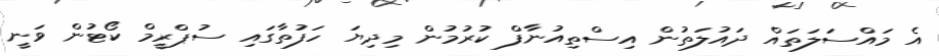
އެ މައްސަލަތައް ދައުލަތުން އިސްތިއުނާފް ކުރުމުން މިދިޔަ ހަފުތާގައި ސުޕްރީމް ކޯޓުން ވަނީ